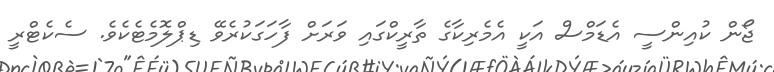
ޖޯން ކުއިންސީ އެޑަމްސް އަކީ އެމެރިކާގެ ތާރީކްގައި ވަރަށް ފާހަގަކުރެވޭ ޑިޕްލޮމެޓެކެވެ. ސެކެޓްރީ